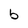
Character: b